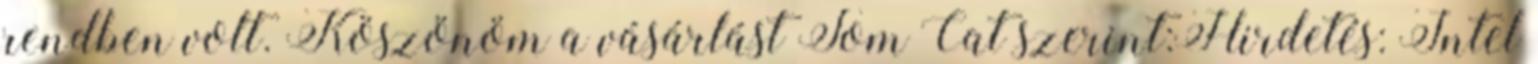
rendben volt. Köszönöm a vásárlást Tom Cat szerint:Hirdetés: Intel